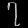
Digit: ၇